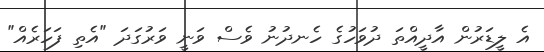
އެ ލީޑަރުން އާދީއްތަ ދުވަހުގެ ހެނދުނު ވެސް ވަނީ ވަރުގަދަ "އެތި ފަހަރެއް"